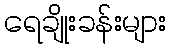
ရေချိုးခန်းများ